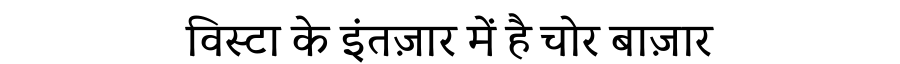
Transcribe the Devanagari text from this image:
विस्टा के इंतज़ार में है चोर बाज़ार